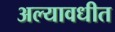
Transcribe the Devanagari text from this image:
अल्यावधीत